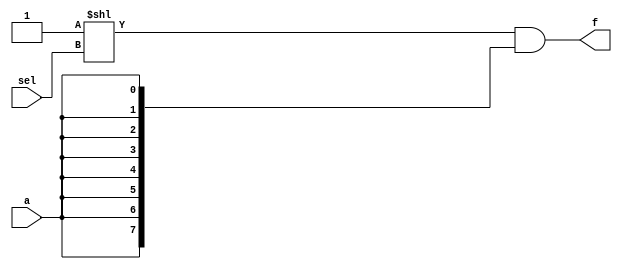
//////////////////////////////////////////////////////////////////////////////////
// Module Name: 3-Bit Demultiplexer
// Description: 
// Revision:
// 09.05.2020 -> Revision 0.01 - Created
//////////////////////////////////////////////////////////////////////////////////

`timescale 1ns / 1ps

module demux_3bit(  input [2:0]     sel,
                    input           a,
                    output [7:0]    f );
                    
    assign f = (1 << sel) & {8{a}};
    
endmodule